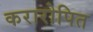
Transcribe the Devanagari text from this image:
करारोपित